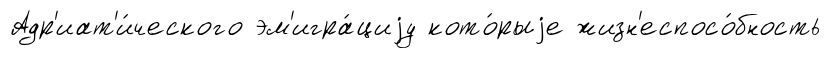
Адр'иат'и́ческого эм'игра́циjу кото́рыjе жизн'еспосо́бность